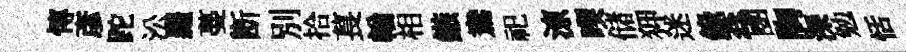
慱彥跎㳂羅蔓㫁別拾萇輶相鏃鴦祀鿌喫储狎迷錄蕊圑胸深勉恬